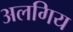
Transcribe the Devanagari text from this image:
अलगिय